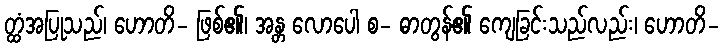
တ္ထံအပြုသည်၊ ဟောတိ- ဖြစ်၏၊ အန္တ လောပေါ စ- ဓာတွန်၏ ကျေခြင်းသည်လည်း၊ ဟောတိ-